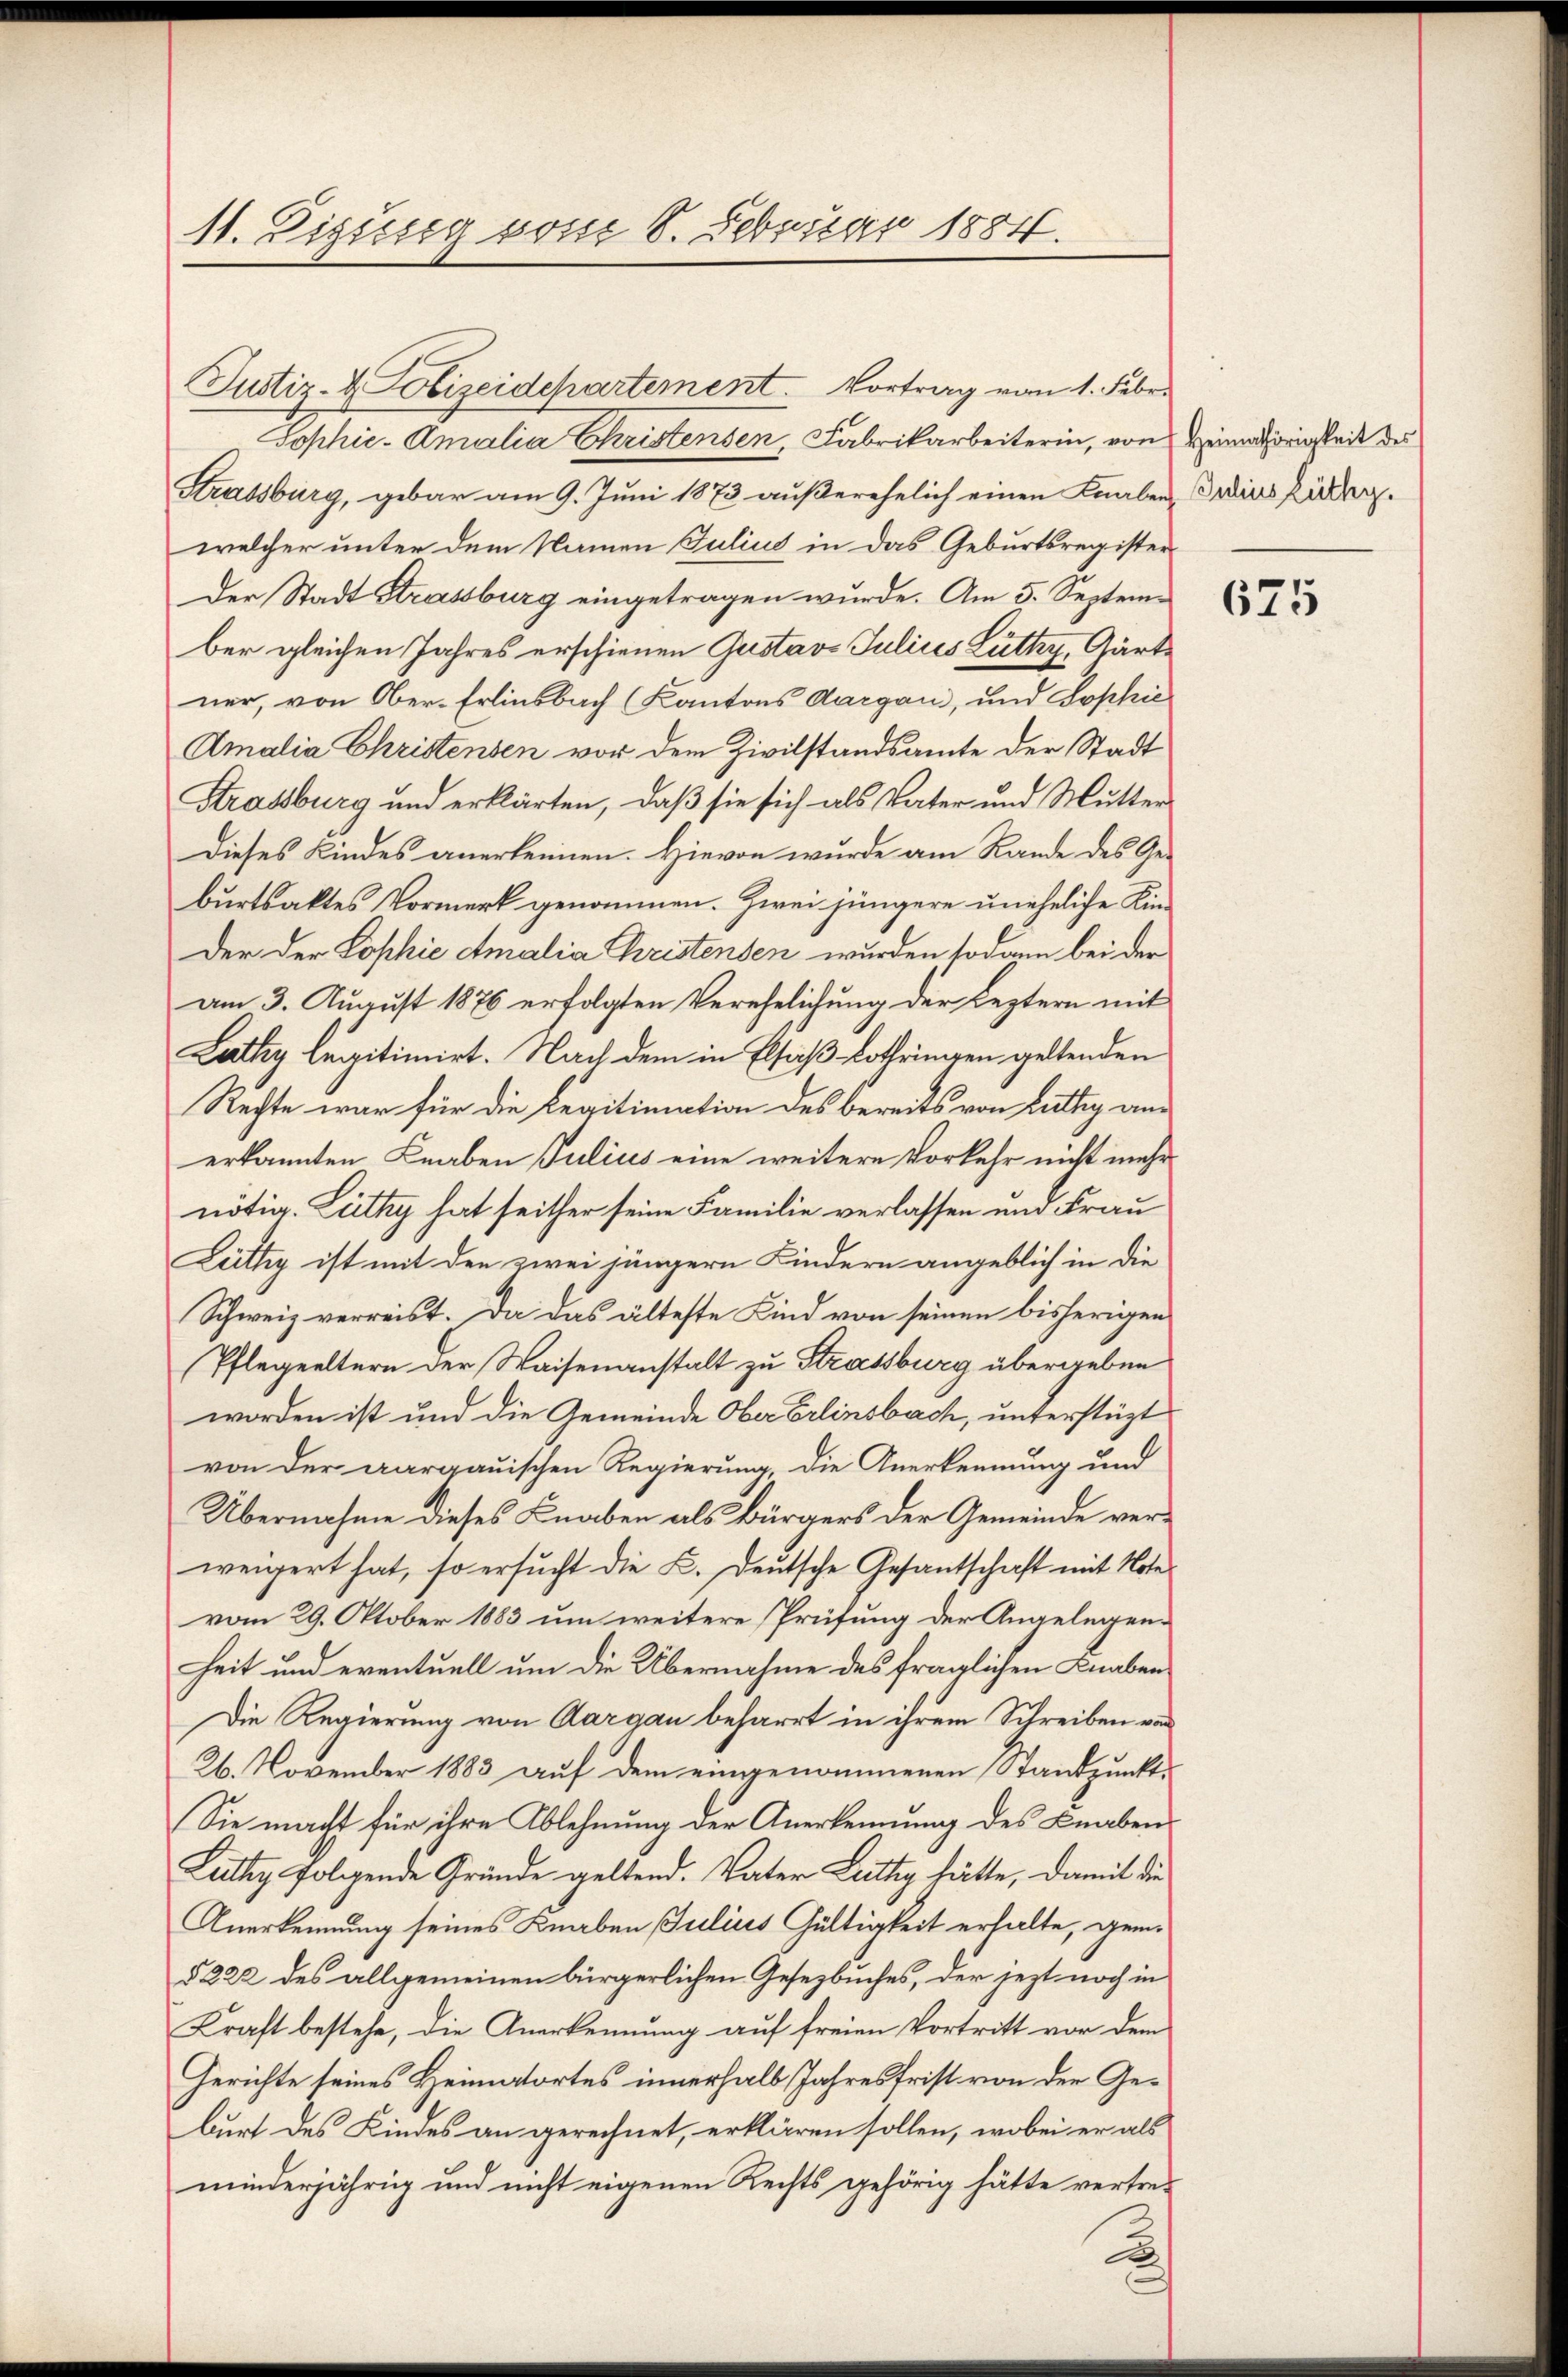
11. Diesig vom 8. Februar 1884.

Justiz- & Gizeidepartement. Vortrag vom 1. Febr.
Sophie-Amalia Christensen, Fabrikarbeiterin, von Heimathörigkeit des
Strassburg, gebar am 9. Juni 1873 außerehelich einen Knaben dreinskühler.
welcher unter dem Namen Julius in das Geburtsregister
Der Stadt Strassburg eingetragen wurde. Am 5. September gleichen Jahres erschienen Gustavs Julius Lüthy, Gärtner, von Ober-Erlinsbach Kantons Aargau, und Sophie
Amalia Christensen vor dem Zivilstandsamte der Stadt
Strassburg und erklärten, daß sie sich als Vater und Mutter
Dieses Kindes anerkennen. Hievon wurde am Rande des Geburtsaktes Vormerk genommen. Zwei jüngere uneheliche Kin¬
Der der Sophie Amalia Christensen wurden sodann bei der
am 3. August 1876 erfolgten Verehelichung der Leztern mit
Lathy legitimirt. Nach dem in Elsaß Lothringen geltenden
Rechte war für die Legitimation des bereits von Lüthy anerkannten Knaben Julius eine weitere Vorkehr nicht mehr
nötig. Lüthy hat seither seine Familie verlassen und Frau
Lüthy ist mit den zwei jüngern Kindern angeblich in die
Schweiz verreist. Da das älteste Kind von seinen bisherigen
Pflegeeltern der Waisenanstalt zu Strassburg übergeben
worden ist und die Gemeinde Ober Erlinsbach, unterstüzt
von der aargauischen Regierung, die Anerkennung und
Übernahme dieses Knaben als Bürgers der Gemeinde verweigert hat, so ersucht die K. Deutsche Gesantschaft mit Note
vom 29. Oktober 1883 um weitere Prüfung der Angelegenheit und eventuell um die Übernahme des fraglichen Knaben
Die Regierung von Aargau beharrt in ihrem Schreiben von
26. November 1883 auf dem eingenommenen Standpunkt¬
Sie macht für ihre Ablehnung der Anerkennung des Knaben
Lüthy folgende Gründe geltend. Vater Luttig hätte, damit die
Anerkennung seines Knaben Julius Gültigkeit erhalte, geme
§ 222 des allgemeinen bürgerlichen Gesetzbuches, der jezt noch in
Kraft bestehe, die Anerkennung auf freien Vortritt vor dem
Gerichte seines Heimatortes innerhalb Jahresfrist von der Geburt des Kindes an gerechnet, erklären sollen, wobei er als
minderjährig und nicht eigenen Rechts gehörig hätte vertre¬
B

675